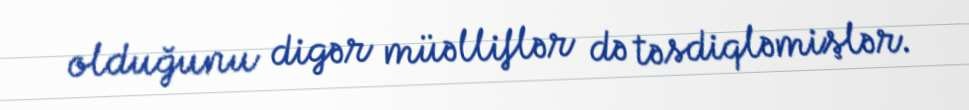
olduğunu digər müəlliflər də təsdiqləmişlər.